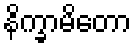
နိက္ခာမိတော